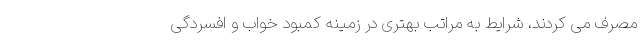
مصرف می کردند، شرایط به مراتب بهتری در زمینه کمبود خواب و افسردگی